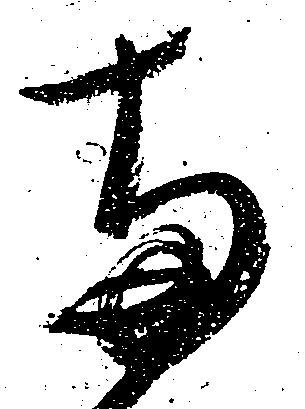
両